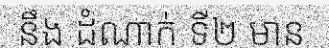
នឹង ដំណាក់ ទី២ មាន